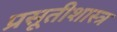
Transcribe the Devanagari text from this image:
प्रसूतीशास्त्र